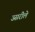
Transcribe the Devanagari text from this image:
उसरीले